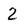
Character: 2